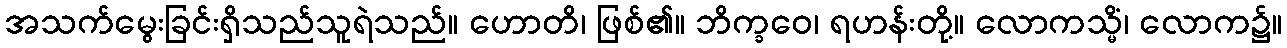
အသက်မွေးခြင်းရှိသည်သူရဲသည်။ ဟောတိ၊ ဖြစ်၏။ ဘိက္ခဝေ၊ ရဟန်းတို့။ လောကသ္မိံ၊ လောက၌။